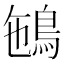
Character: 𩿽